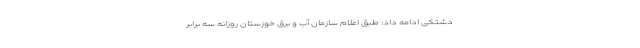
دشتکی ادامه داد: طبق اعلام سازمان آب و برق خوزستان روزانه سه برابر